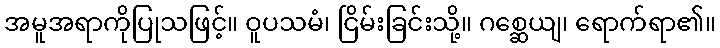
အမူအရာကိုပြုသဖြင့်။ ဝူပသမံ၊ ငြိမ်းခြင်းသို့။ ဂစ္ဆေယျ၊ ရောက်ရာ၏။